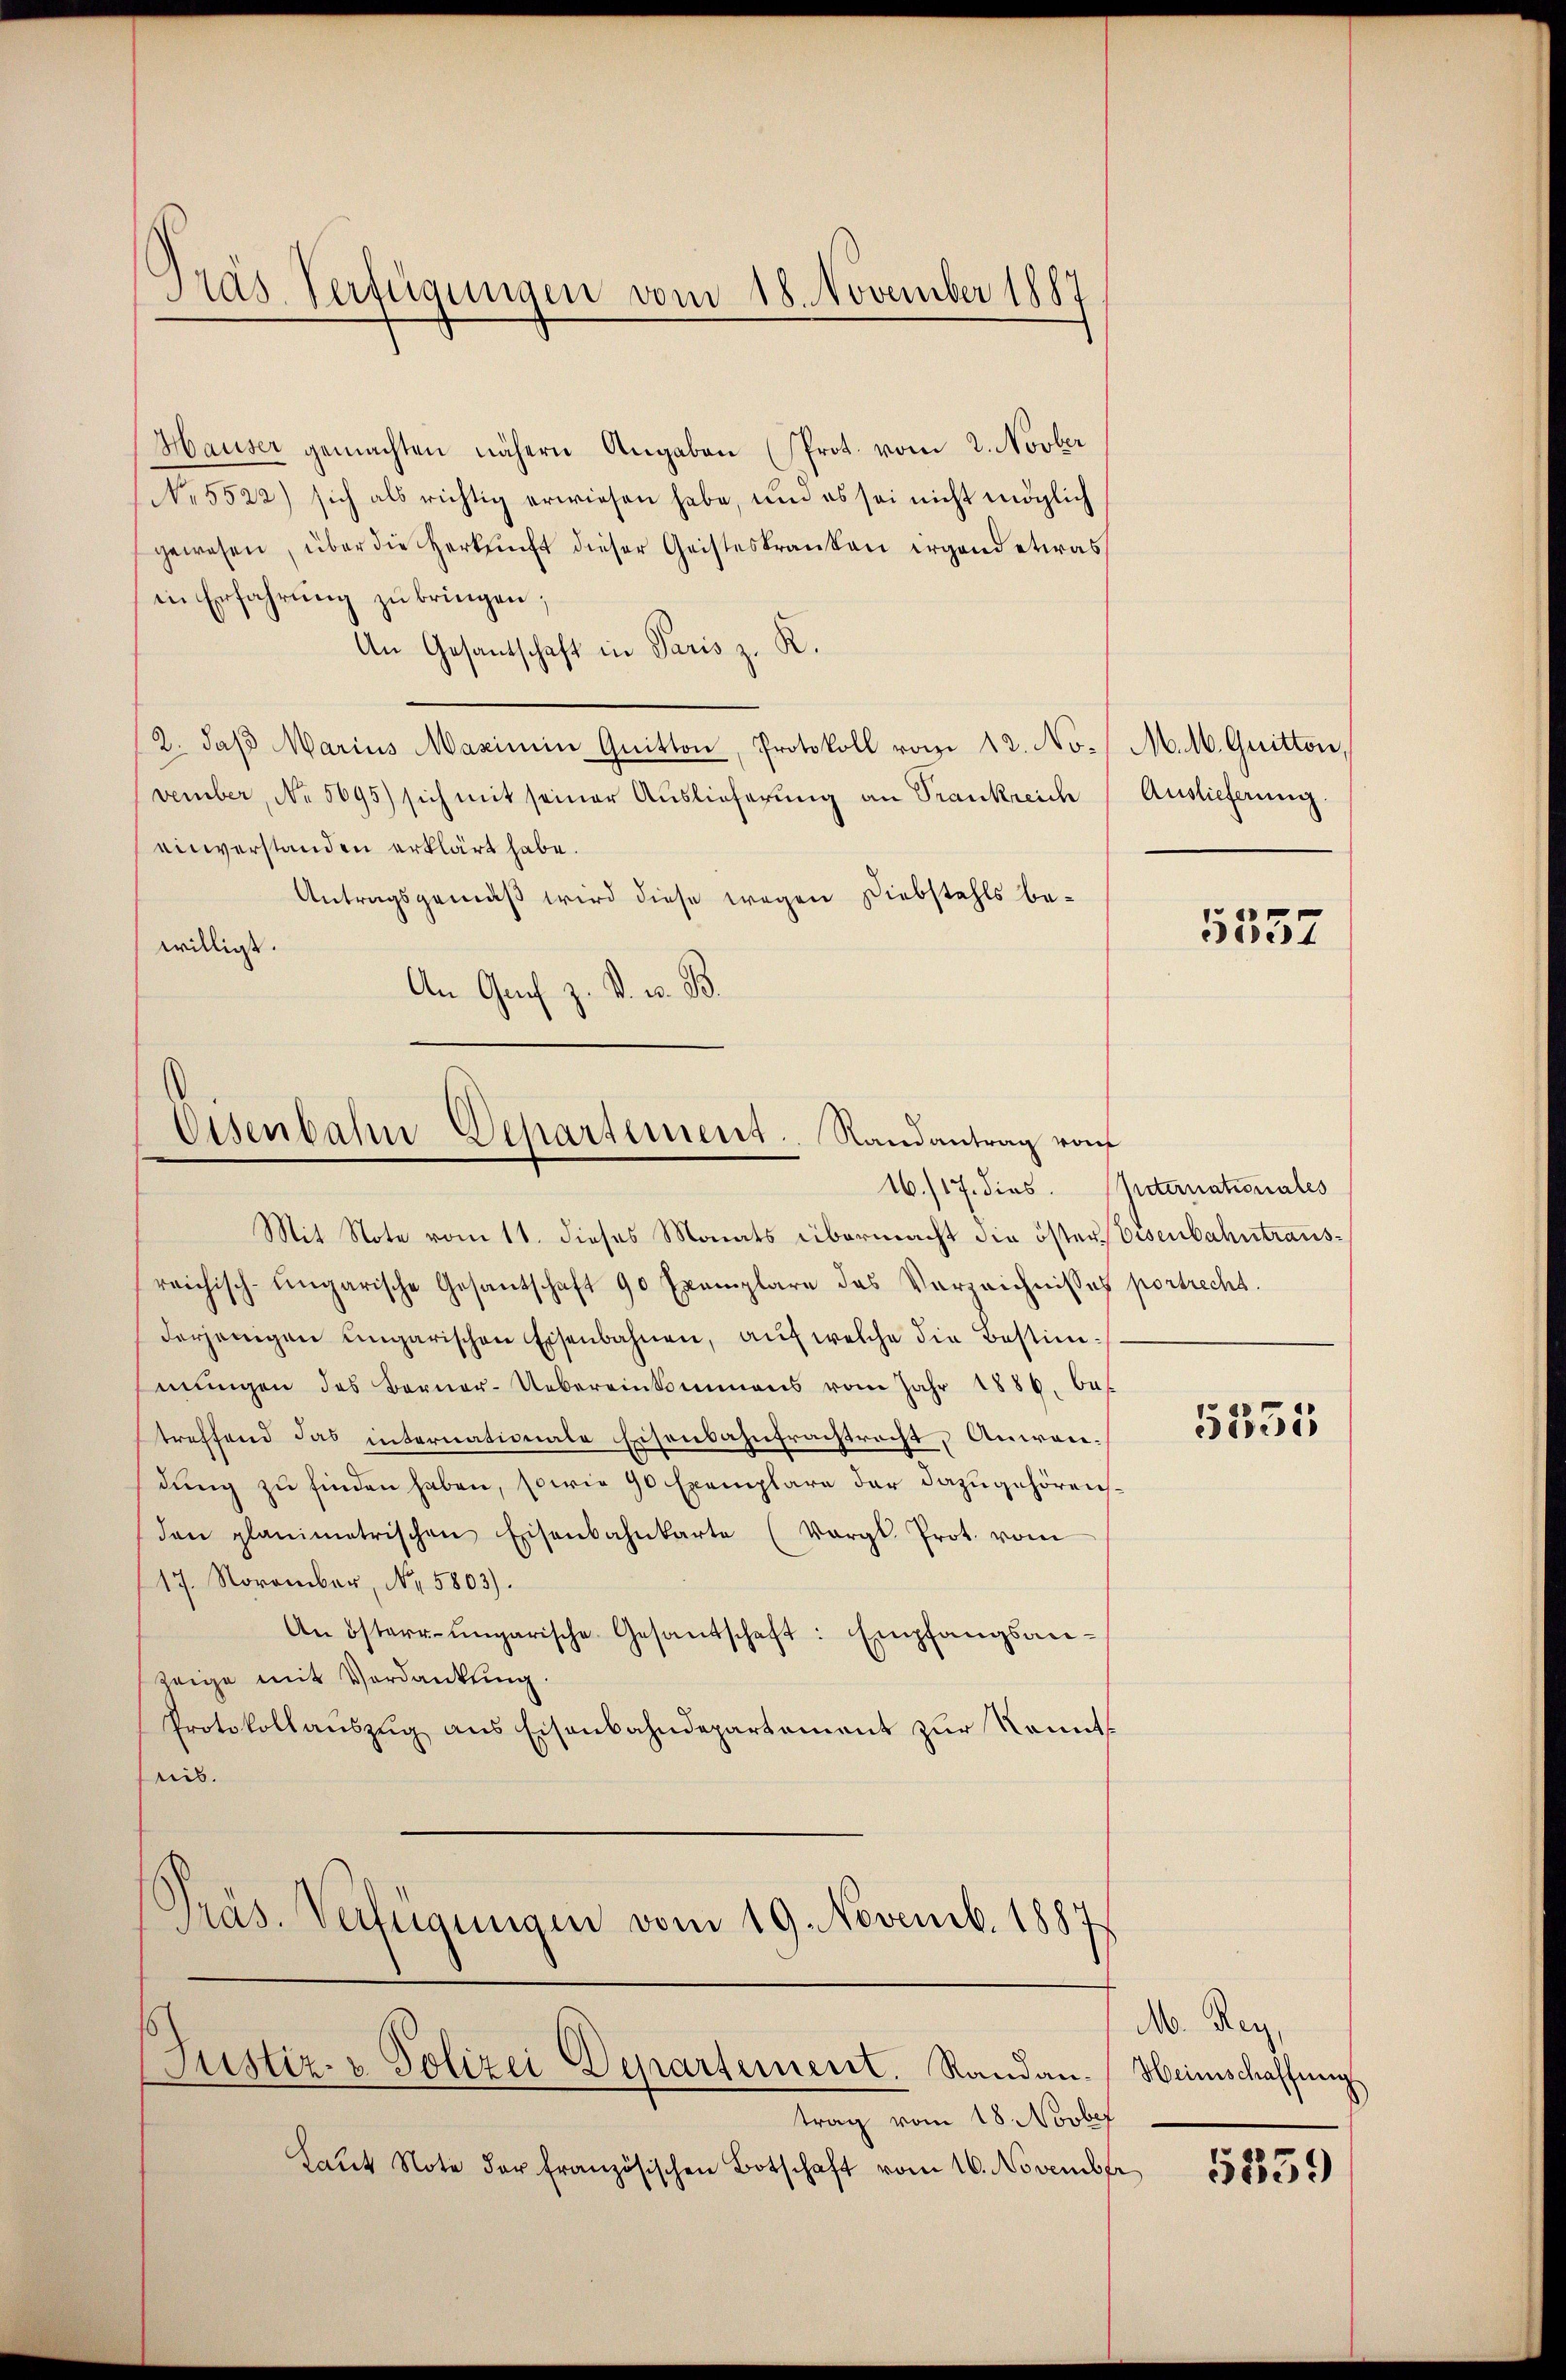
Pras Verfügungen vom 18. November 1887

Hauser gemachten nähern Angaben (Prot. vom 2. Novber
No 5522) sich als richtig erwiesen habe, um es sei nicht möglich
gewesen, über die Herkŭnft dieser Geisteskranken irgend etwas
in Erfahrung zu bringen;
An Gesantschaft in Paris z. R.
2. daβ Marius Maximei Quitton, Protokoll vom 12. No. M. M. Quitton
vember, No 5695) sich mit seiner Aŭslieferŭng an Trankreich Auslieferŭng.
einverstanden erklärt habe.
Antragsgemäß wird diese wegen Diebstahls bewilligt.
An Gach z. B. w. B.

Eisenbahn-Departement. Randantrag von

Mit Note vom 11. dieses Monats übermacht die öster Eisenbahntrausreichisch-ungarische Gesantschaft 90 Exemplare das Verzeichnisses portrecht.
derjenigen ungarischen Eisenbahnen, auf welche die Bestimmŭngen des Berner-Uebereinkommens vom Jahr 1886. bes
treffend das internationale Eisenbahnfrachtracht, Anwendung zu finden haben, sowie 90 Exemplare der dazugehörensden planimetrischen Eisenbahnkarte (Vergl. Prot. vom
17. November, No. 5803).
An österr-ungarische Gesandschaft: Empfangsanzeige mit Verdankung.
Protokollauszug aus Eisenbahndepartement zur Kenntnis.
Präs. Verfügungen vom 19. Novemb. 1887
Justiz- & Polizei Departement. Randan-Heimschaffung
trag vom 18. Novbef
Laŭt Note der französischen Botschaft vom 16. November

5357

16./17. dies. Peternationales

5351

M. Rey,

5359